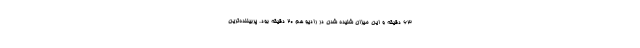
۶۳ دقیقه و این میزان شنیده شدن در رادیو هم ۲۰ دقیقه بود. پربیننده‌ترین